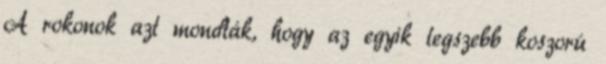
A rokonok azt mondták, hogy az egyik legszebb koszorú